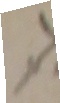
1.